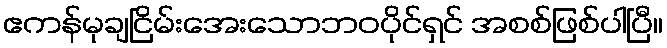
ဧကန်မုချငြိမ်းအေးသောဘဝပိုင်ရှင် အစစ်ဖြစ်ပါပြီ။